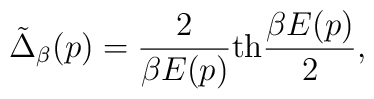
\tilde{\Delta}_{\beta}(p)= {2 \over \beta E(p)} {\rm th} {\beta E(p) \over 2}  ,